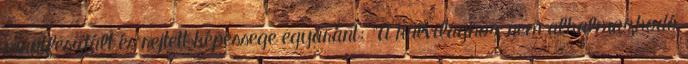
manifesztált és rejtett képessege egyaránt: "A külvilághoz nem alkalmazkodó